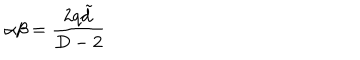
\alpha \beta = \frac { 2 q \tilde { d } } { D - 2 }